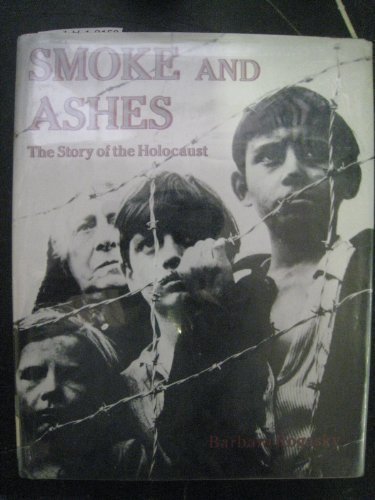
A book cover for Smoke and Ashes: The Story of the Holocaust; Barbara Rogasky; Children's Books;